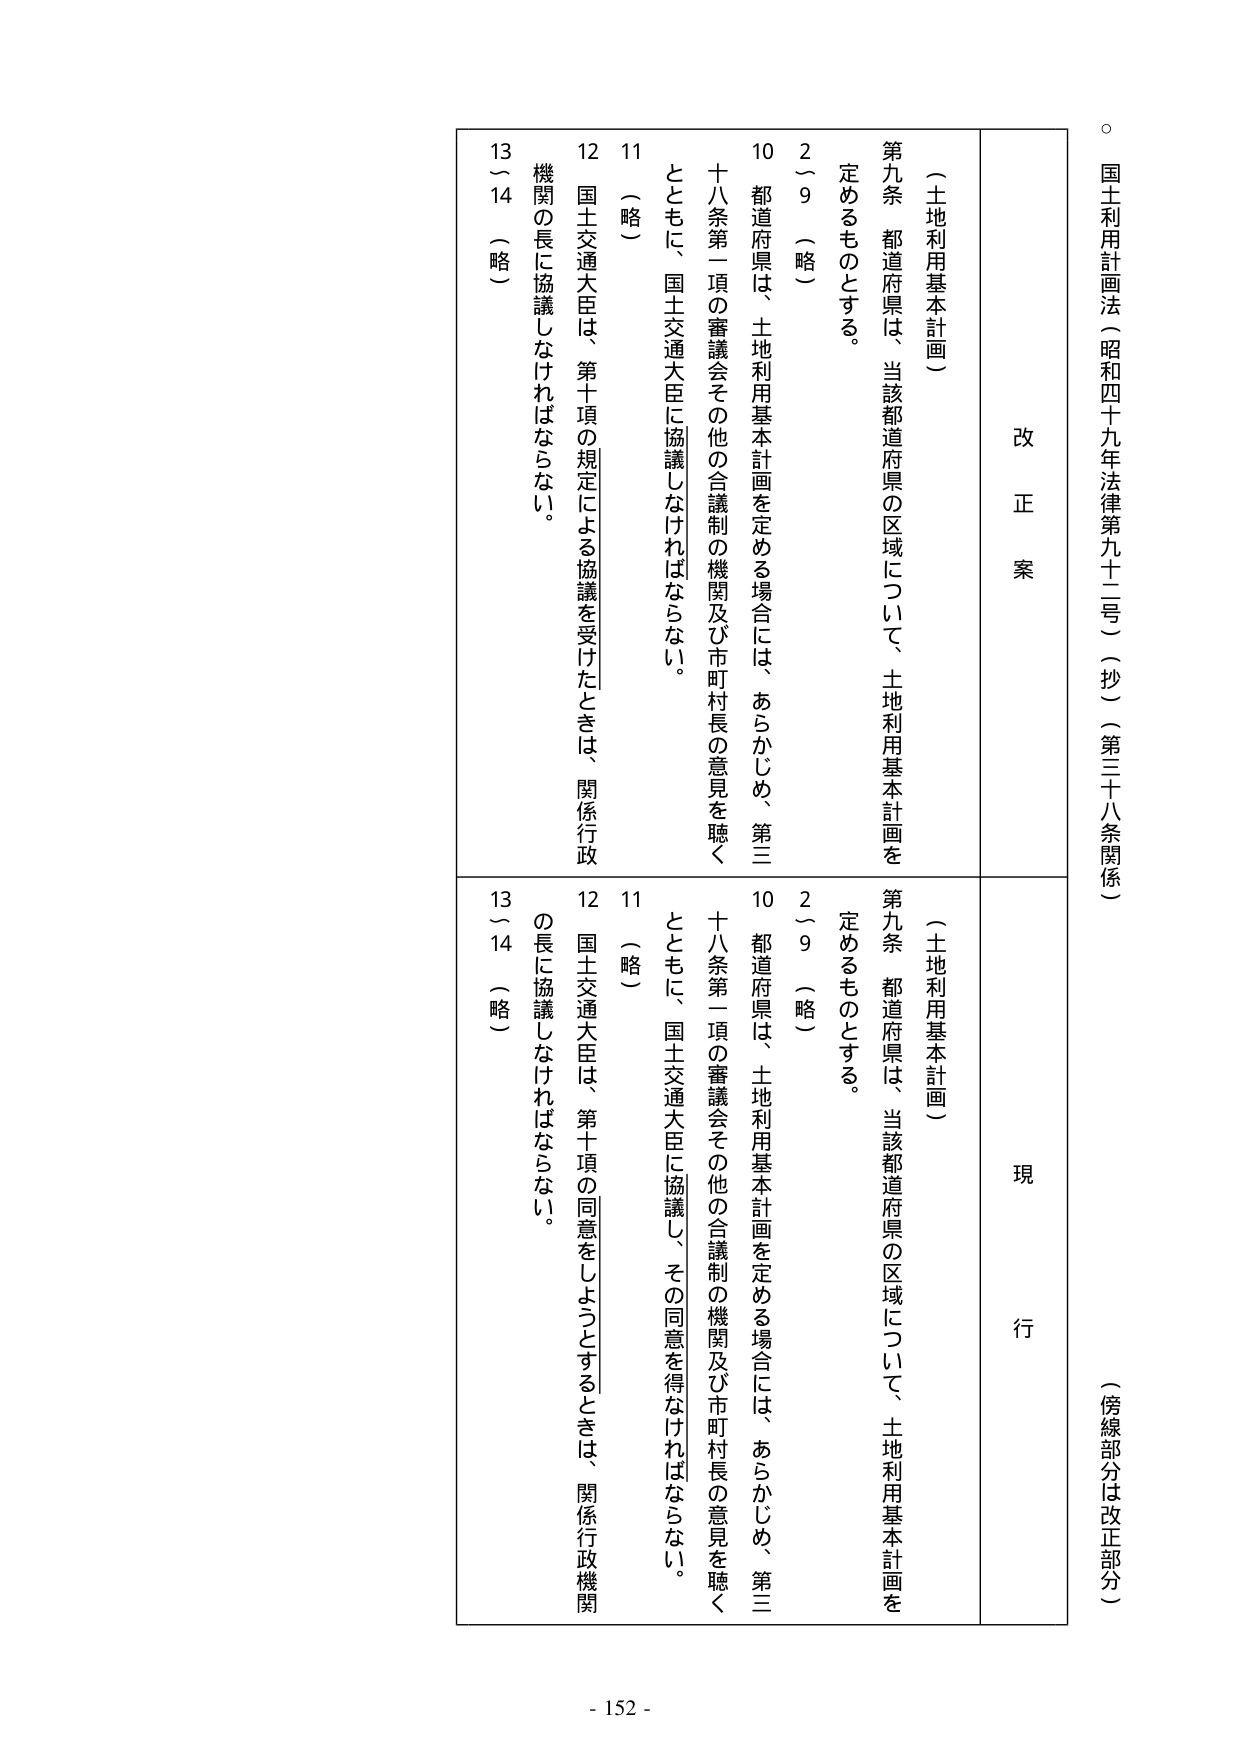
国土利用計画法（昭和四十九年法律第九十二号）（抄）（第三十八条関係）

（傍線部分は改正部分）

改 正 案

（土地利用基本計画）

第九条 都道府県は、当該都道府県の区域について、土地利用基本計画を定めるものとする。

2～9 （略）

10 都道府県は、土地利用基本計画を定める場合には、あらかじめ、第三十八条第一項の審議会その他の合議制の機関及び市町村長の意見を聴くとともに、国土交通大臣に協議しなければならない。

11 （略）

12 国土交通大臣は、第十項の規定による協議を受けたときは、関係行政機関の長に協議しなければならない。

13～14 （略）

現 行

（土地利用基本計画）

第九条 都道府県は、当該都道府県の区域について、土地利用基本計画を定めるものとする。

2～9 （略）

10 都道府県は、土地利用基本計画を定める場合には、あらかじめ、第三十八条第一項の審議会その他の合議制の機関及び市町村長の意見を聴くとともに、国土交通大臣に協議し、その同意を得なければならない。

11 （略）

12 国土交通大臣は、第十項の同意をしようとするときは、関係行政機関の長に協議しなければならない。

13～14 （略）

- 152 -